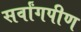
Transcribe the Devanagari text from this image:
सर्वांगपीण